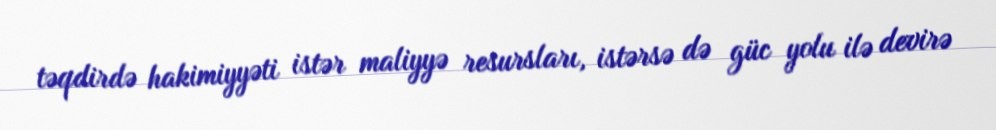
təqdirdə hakimiyyəti istər maliyyə resursları, istərsə də güc yolu ilə devirə